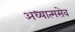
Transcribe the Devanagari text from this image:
अध्यात्मसेव